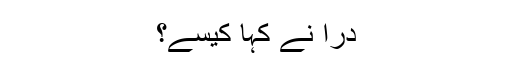
دراؔ نے کہا کیسے؟